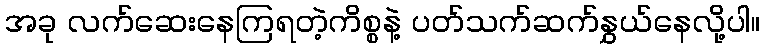
အခု လက်ဆေးနေကြရတဲ့ကိစ္စနဲ့ ပတ်သက်ဆက်နွှယ်နေလို့ပါ။